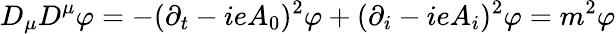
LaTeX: D_{\mu}D^{\mu}\varphi=-(\partial_{t}-ieA_{0})^{2}\varphi+(\partial_{i}-ieA_{i})^{2}\varphi=m^{2}\varphi